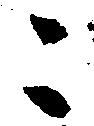
こ